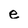
Character: e